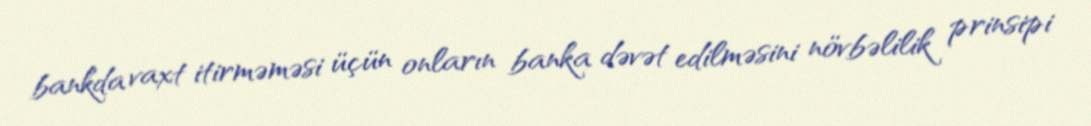
bankda vaxt itirməməsi üçün onların banka dəvət edilməsini növbəlilik prinsipi